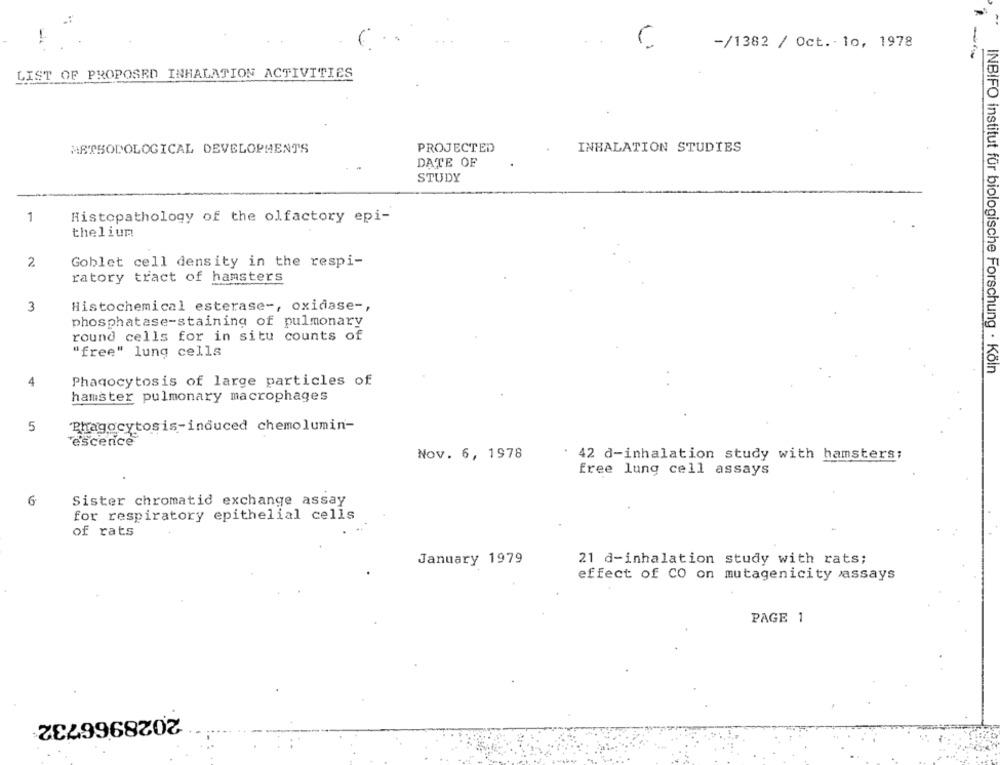
-/1382 / Oct. 10, 1978
LIST OF PROPOSED INHALATION ACTIVITIES
METHODOLOGICAL DEVELOPMENTS
PROJECTED
INHALATION STUDIES
DATE OF
STUDY
1
Histopathology of the olfactory epi-
thelium
2.
Goblet cell density in the respi-
ratory tract of hamsters
3
Histochemical esterase -, oxidase -,
phosphatase-staining of pulmonary
round cells for in situ counts of
"free" lung cells
INBIFO Institut für biologische Forschung . Köln
4
Phagocytosis of large particles of
hamster pulmonary macrophages
5
Phagocytosis-induced chemolumin-
escence
Nov. 6, 1978
: 42 d-inhalation study with hamsters;
free lung cell assays
6
Sister chromatid exchange assay
for respiratory epithelial cells
of rats
January 1979
21 d-inhalation study with rats;
effect of CO on mutagenicity assays
PAGE 1
2028966732